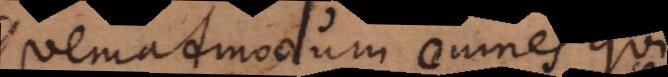
Quemadmodum omnes qui